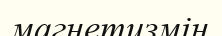
магнетизмін